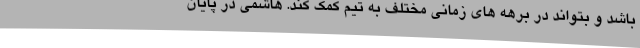
باشد و بتواند در برهه های زمانی مختلف به تیم کمک کند. هاشمی در پایان